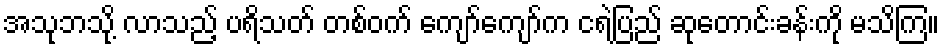
အသုဘသို့ လာသည့် ပရိသတ် တစ်ဝက် ကျော်ကျော်က ငရဲပြည် ဆုတောင်းခန်းကို မသိကြ။